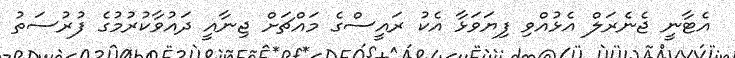
އެޓާނީ ޖެނެރަލް އެޅުއްވި ފިޔަވަޅާ އެކު ރައީސްގެ މައްޗަށް ޖިނާއީ ދަައުވާކުރުމުގެ ފުރުސަތު